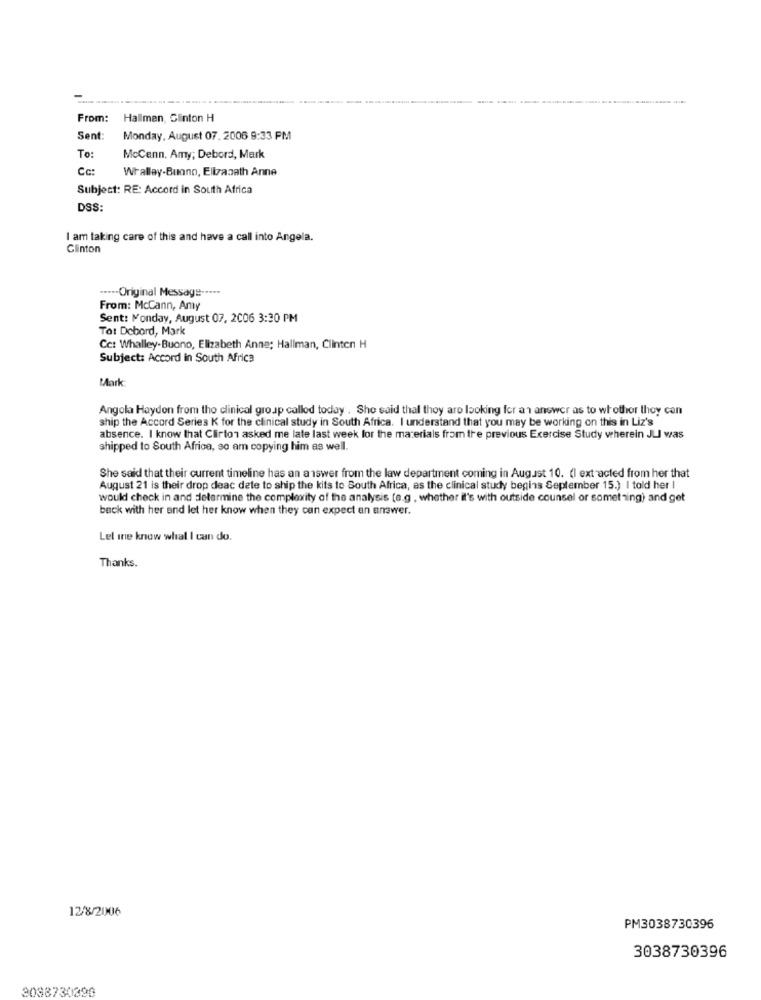
From:
Hallman, Clinton H
Sent:
Monday, August 07. 2006 9:33 PM
To:
McCann, Amy; Debord, Mark
Cc:
Whalley-Buono, Elizabeth Anne
Subject: RE: Accord in South Africa
DSS:
I am taking care of this and have a call into Angela.
Clinton
....- Original Message -....
From: McCann, Amy
Sent: Monday, August 07, 2006 3:30 PM
Tot Debord, Mark
Cc: Whalley-Buono, Elizabeth Anne; Hallman, Clinten H
Subject: Accord in South Africa
Mark
Angola Haydon from the clinical group called today . She said thal they are looking for an answer as to whether they can
ship the Accord Series K for the clinical study in South Africa. I understand that you may be working on this in Liz's
absence. I know that Clinton asked me late last week for the materials from the previous Exercise Study wherein JLI was
shipped to South Africa, so am copying him as well.
She said that their current timeline has an answer from the law department coming in August 10. (I extracted from her that
August 21 is their drop deac dete to ship the kits to South Africa, as the clinical study begins September 15.) I told her I
would check in and determine the complexity of the analysis (e.g . whether it's with outside counsel or something) and get
back with her and let her know when they can expect an answer.
Let me know what I can do.
Thanks.
12/8/2006
PM3038730396
3038730396
2088730396